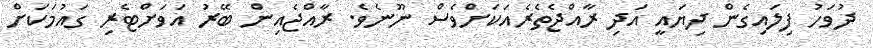
ދުވަހު ފިލައިގެން ދިޔައީ އަދި ރާއްޖެތެރެއަކަށްވެސް ނޫނެވެ. ރާއްޖެއިން ބޭރު އަވަށްޓެރި ގައުމަކަށް